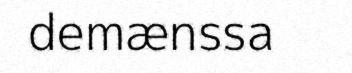
demænssa